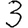
Digit: 3